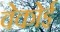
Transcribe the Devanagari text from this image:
वेकोई